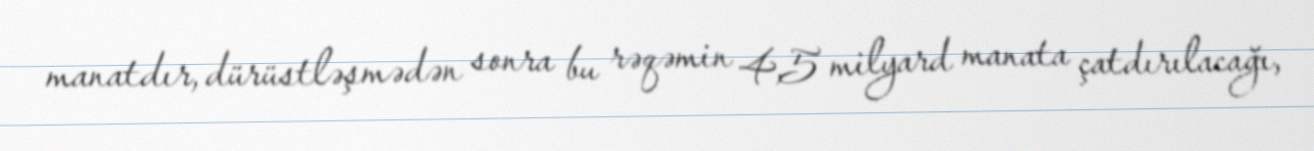
manatdır, dürüstləşmədən sonra bu rəqəmin 4,5 milyard manata çatdırılacağı,